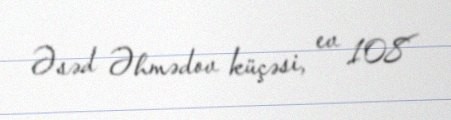
Əsəd Əhmədov küçəsi, ev 108